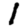
Digit: 1